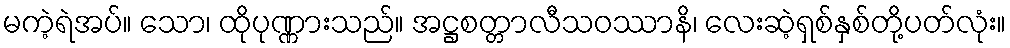
မကဲ့ရဲအပ်။ သော၊ ထိုပုဏ္ဏားသည်။ အဋ္ဌစတ္တာလီသဝဿာနိ၊ လေးဆဲ့ရှစ်နှစ်တို့ပတ်လုံး။